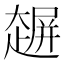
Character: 𰋲